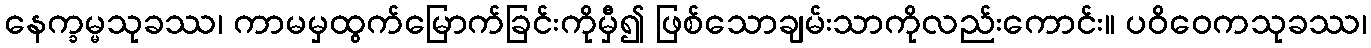
နေက္ခမ္မသုခဿ၊ ကာမမှထွက်မြောက်ခြင်းကိုမှီ၍ ဖြစ်သောချမ်းသာကိုလည်းကောင်း။ ပဝိဝေကသုခဿ၊